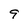
Character: 9